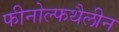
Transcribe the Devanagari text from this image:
फीनोल्फथैलीन